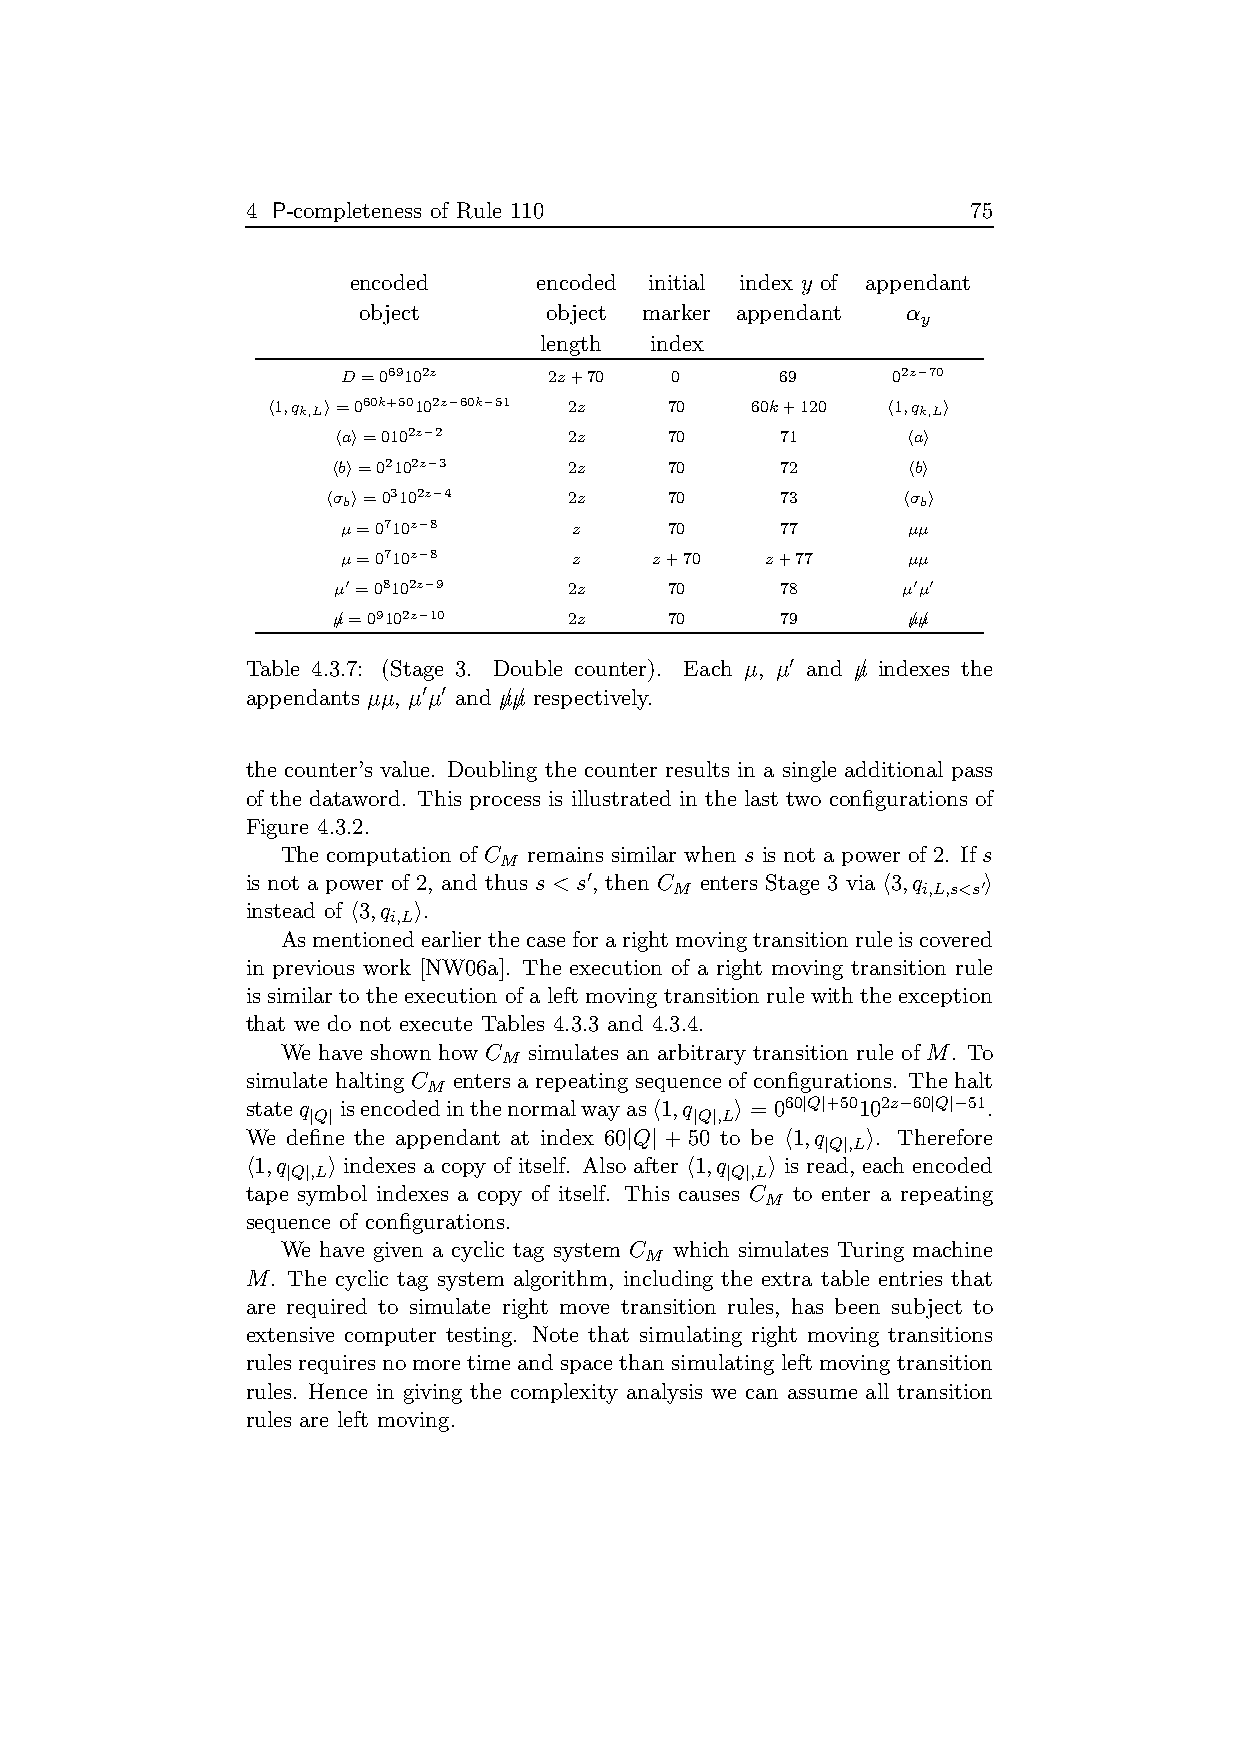
4 P-completeness of Rule 110                    75
 encoded      encoded initial index y of appendant
 object      object marker appendant α
 y
 length index
 D=069102z    2z+70   0       69     02z−70
 h1,qk,Li=060k+50102z−60k−51 2z 70 60k+120 h1,qk,Li
 hai=0102z−2     2z    70      71      hai
 hbi=02102z−3    2z    70      72      hbi
 hσbi=03102z−4   2z    70      73      hσbi
 µ=0710z−8      z     70      77      µµ
 µ=0710z−8      z    z+70    z+77     µµ
 µ′=08102z−9     2z    70      78      µ′µ′
 µ/=09102z−10    2z    70      79      µ/µ/
 Table 4.3.7: (Stage 3. Double counter). Each µ, µ′ and µ/ indexes the
 appendants µµ, µ′µ′ and µ/µ/ respectively.
 the counter’s value. Doubling the counter results in a single additional pass
 of the dataword. This process is illustrated in the last two configurations of
 Figure 4.3.2.
 The computation of C remains similar when s is not a power of 2. If s
 M
 is not a power of 2, and thus s < s′, then C enters Stage 3 via h3,q i
 M               i,L,s<s′
 instead of h3,q i.
 i,L
 Asmentionedearlierthecaseforarightmovingtransitionruleiscovered
 in previous work [NW06a]. The execution of a right moving transition rule
 is similar to theexecution of aleft moving transition rulewith theexception
 that we do not execute Tables 4.3.3 and 4.3.4.
 We have shown how C simulates an arbitrary transition rule of M. To
 M
 simulate halting C enters a repeating sequence of configurations. Thehalt
 M
 stateq isencodedinthenormalwayash1,q i =060|Q|+50102z−60|Q|−51.
 |Q|                       |Q|,L
 We define the appendant at index 60|Q| + 50 to be h1,q i. Therefore
 |Q|,L
 h1,q  i indexes a copy of itself. Also after h1,q i is read, each encoded
 |Q|,L                        |Q|,L
 tape symbol indexes a copy of itself. This causes C to enter a repeating
 M
 sequence of configurations.
 We have given a cyclic tag system C which simulates Turing machine
 M
 M. The cyclic tag system algorithm, including the extra table entries that
 are required to simulate right move transition rules, has been subject to
 extensive computer testing. Note that simulating right moving transitions
 rulesrequiresnomoretimeandspacethansimulatingleftmovingtransition
 rules. Hence in giving the complexity analysis we can assume all transition
 rules are left moving.